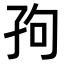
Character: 𫲢